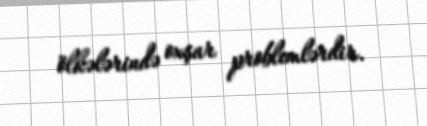
ölkələrində oxşar problemlərdir.